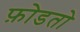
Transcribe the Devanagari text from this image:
फ़ोडतो